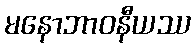
မနောဘာဝနီယဿ